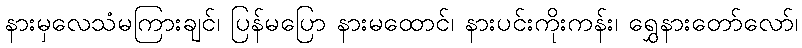
နားမှလေသံမကြားချင်၊ ပြန်မပြော နားမထောင်၊ နားပင်းကိုးကန်း၊ ရွှေနားတော်လော်၊